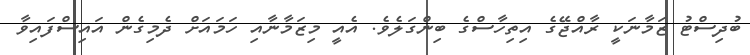
ބުދިސްޓު ޒަމާނަކީ ރާއްޖޭގެ އިތިހާސްގެ ބިންގަލެވެ. އެއީ މިޒަމާނާއި ހަަމައަށް ދެމިގެން އައިސްފައިވާ